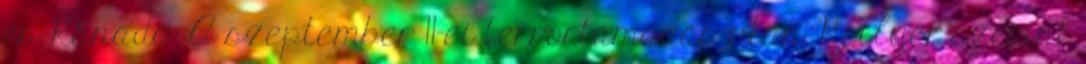
és Kanada. A szeptember 11-ei terrortámadás után Hellyer szerint